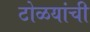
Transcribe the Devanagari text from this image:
टोळयांची